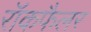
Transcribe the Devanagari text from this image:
रॉकफैलर